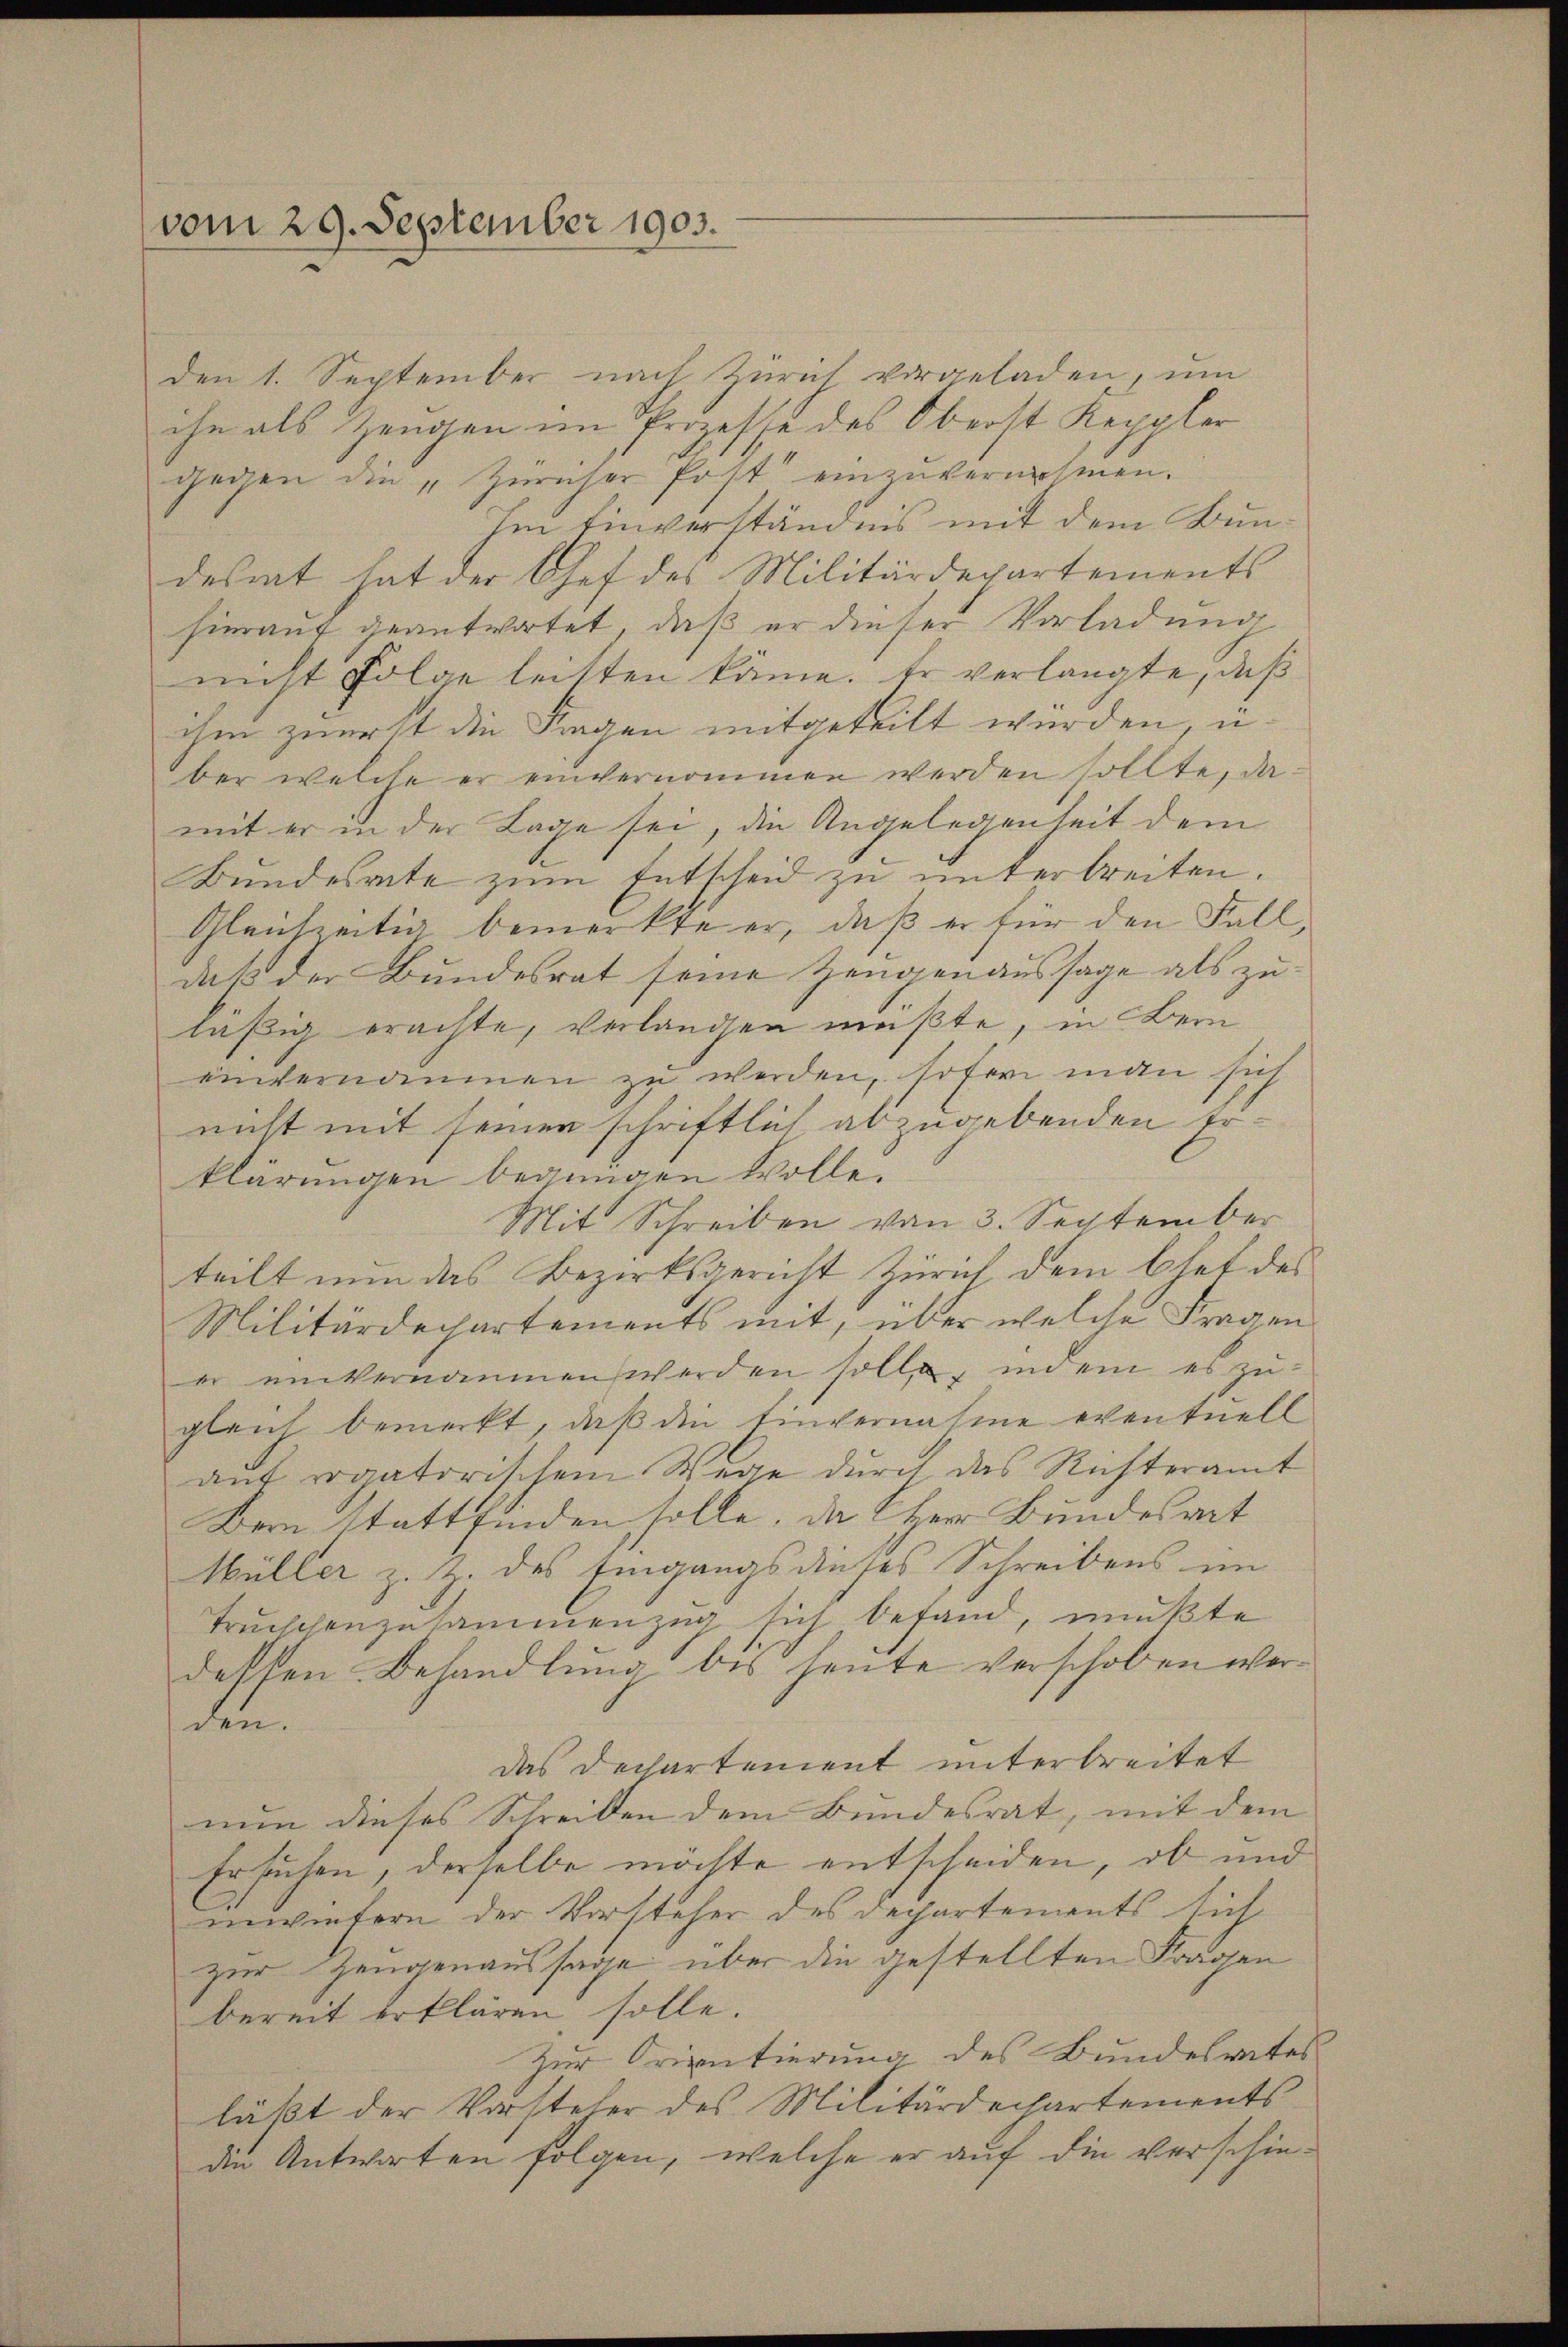
vom 29. September 1903.

Den 1. September nach Zürich vorgeladen, ŭm
che als Zeugen im Prozesse des Oberst Keppler
gegen die „Züricher Post einzuvernehmen.
Im Einverständnis mit dem Bundesrat hat der Chef des Militärdepartements
hierauf geantwortet, daß er dieser Vorladung
nicht Folge leitten käme. Er verlangte, daß
ihm zuerst die Fragen mitgeteilt würden u.
ber welche er einvernommen werden sollte, damit er in der Lage sei, die Angelegenheit dem
Bundesrate zum Entscheid zu unterbreiten.
Gleichzeitig bemerkte er, daß er für den Falldaß der Bundesrat seine Zeugenaussage als zu
läßig erachte, verlangen müßte, in Bern
einvernommen zu werden, sofer man sich
nicht mit seinen schriftlich abzugebenden Erklärungen begnügen wolle.
Mit Schreiben von 3. September
teilt nun das Bezirksgericht Zürich dem Ehet des
Militärdepartements mit, über welche Fragen
er einvernommen werden solle, indem es zu
gleich bemerkt, daß die Einvernahme eventuell
auf rogatorischem Wege durch das Richteramt
Bern stattfinden solle, da Herr Bundesart
Müller z. Z. des Eingangs dieses Schreibens im
Truchchenzusammenzug sich befand, mußte
dessen Behandlung bis heute verschoben werden.
das Dechartement unterbreitet
nun dieses Schreiben dem Bundesrat, mit dem
Ersuchen, derselbe möchte entscheiden, ob und
inwiefern der Vorsteher des Departements sich
zur Zeugenaussage über die gestellten Fragen
bereit erklären solle.
Zur Orientierung des Bundesrates
läßt der Vorsteher des Militärdechartements
die Antworten folgen, welche er auf die verschie¬